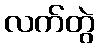
လက်တွဲ